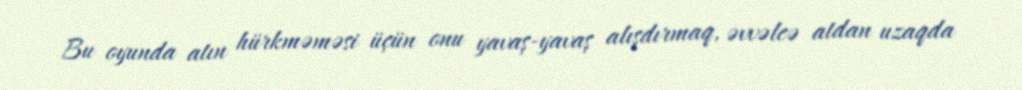
Bu oyunda atın hürkməməsi üçün onu yavaş-yavaş alışdırmaq, əvvəlcə atdan uzaqda